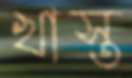
খাস্ত